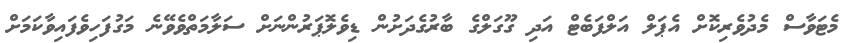
މެޓަވާސް މެދުވެރިކޮށް އެޕަލް އަލްފަބެޓް އަދި ގޫގަލްގެ ބާރުގެދަށުން ޑިވެލޮޕަރުންނަށް ސަލާމަތްވެވޭނެ މަގުފަހިވެފައިވާކަމަށް